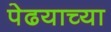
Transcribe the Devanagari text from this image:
पेढयाच्या